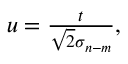
\begin{array} { r } { u = \frac { t } { \sqrt { 2 } \sigma _ { n - m } } , } \end{array}